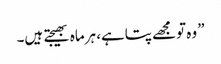
” وہ تومجھے پتاہے، ہرماہ بھیجتے ہیں۔